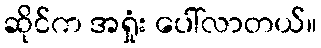
ဆိုင်က အရှုံး ပေါ်လာတယ်။